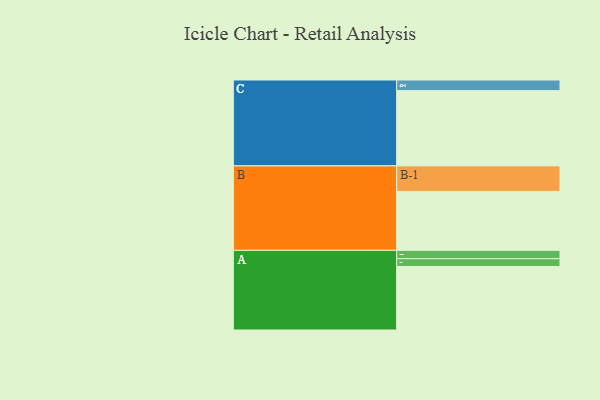
{"axis": {"x": "Segment", "y": "Value"}, "legend": ["", "A", "B", "C"], "data": [{"x": "A", "y": 448, "type": ""}, {"x": "B", "y": 416, "type": ""}, {"x": "C", "y": 531, "type": ""}, {"x": "A-1", "y": 55, "type": "A"}, {"x": "A-2", "y": 59, "type": "A"}, {"x": "B-1", "y": 180, "type": "B"}, {"x": "C-1", "y": 75, "type": "C"}]}